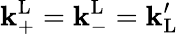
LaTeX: \mathbf{k}_{\mathrm{{+}}}^{\mathrm{{L}}}=\mathbf{k}_{\mathrm{{-}}}^{\mathrm{{L}}}=\mathbf{k}_{\mathrm{{L}}}^{\prime}